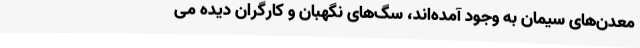
معدن‌های سیمان به‌ وجود آمده‌اند، سگ‌های نگهبان و کارگران دیده می